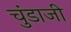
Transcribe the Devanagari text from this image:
चुंडाजी